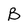
Character: B